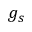
g _ { s }